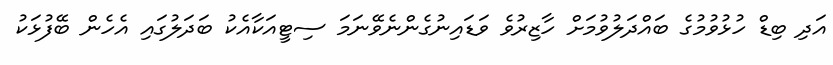
އަދި ބިޑް ހުޅުވުމުގެ ބައްދަލުވުމަށް ހާޒިރުވެ ވަޑައިނުގެންނެވޭނަމަ ސިޓީއަކާއެކު ބަދަލުގައި އެހެން ބޭފުޅަކު